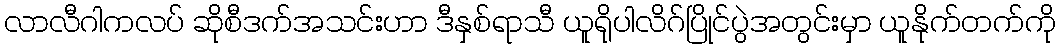
လာလီဂါကလပ် ဆိုစီဒက်အသင်းဟာ ဒီနှစ်ရာသီ ယူရိုပါလိဂ်ပြိုင်ပွဲအတွင်းမှာ ယူနိုက်တက်ကို